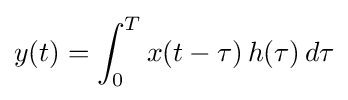
y(t)=\int _{0}^{T}x(t-\tau )\,h(\tau )\,d\tau